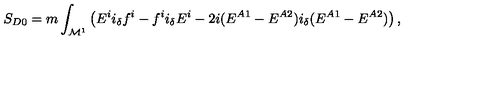
S _ { D 0 } = m \int _ { { \cal M } ^ { 1 } } \left( E ^ { i } i _ { \delta } f ^ { i } - f ^ { i } i _ { \delta } E ^ { i } - 2 i ( E ^ { A 1 } - E ^ { A 2 } ) i _ { \delta } ( E ^ { A 1 } - E ^ { A 2 } ) \right) ,